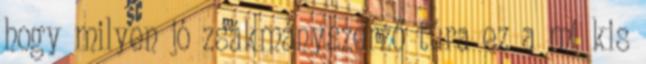
hogy milyen jó zsákmányszerző túra ez a mi kis